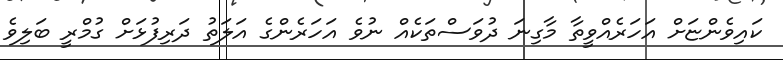
ކައިވެންޏަށް އަހަރެއްވީތާ މާގިނަ ދުވަސްތަކެއް ނުވެ އަހަރެންގެ އަލަތު ދަރިފުޅަށް ގުމްރީ ބަލިވެ